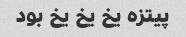
پیتزه یخ یخ یخ بود